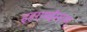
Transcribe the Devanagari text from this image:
इहरामईसराम्